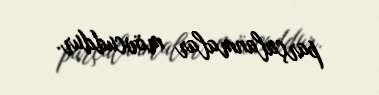
parçalanmalar mövcuddur.